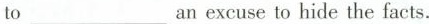
to ___ an excuse to hide the facts.